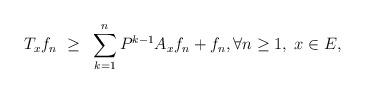
LaTeX: \begin{align*}T_x f_n ~\geq~ \sum_{k=1}^n P^{k-1}A_xf_n + f_n , \forall n\geq 1, \; x\in E, \end{align*}